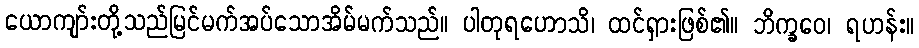
ယောကျာ်းတို့သည်မြင်မက်အပ်သောအိမ်မက်သည်။ ပါတုရဟောသိ၊ ထင်ရှားဖြစ်၏။ ဘိက္ခဝေ၊ ရဟန်း။